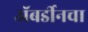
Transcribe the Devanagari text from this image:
अॅबर्डीनचा